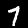
Digit: 7